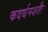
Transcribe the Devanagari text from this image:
कदर्थनशतैः